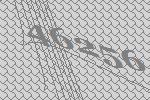
46256